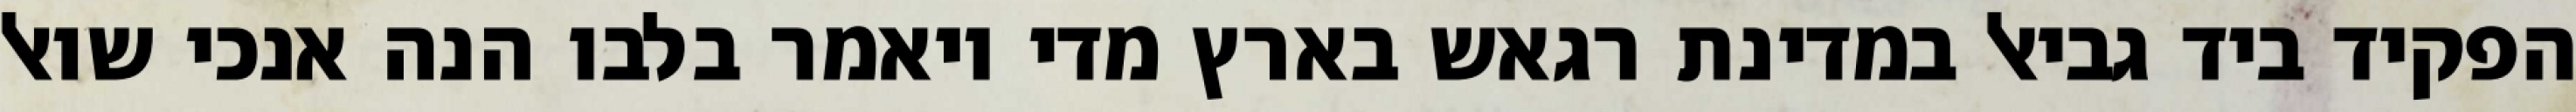
הפקיד ביד גביאל במדינת רגאש בארץ מדי ויאמר בלבו הנה אנכי שואל